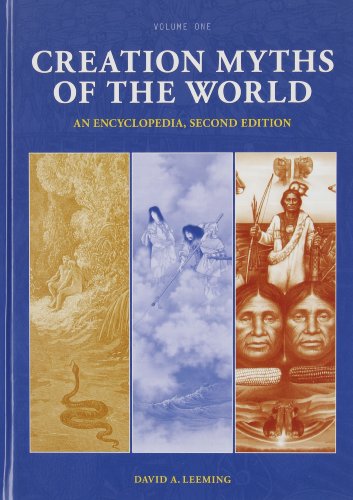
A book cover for Creation Myths of the World [2 volumes]: An Encyclopedia; David A. Leeming; Politics & Social Sciences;